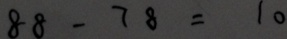
8 8 - 7 8 = 1 0